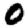
Digit: 0